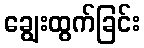
ချွေးထွက်ခြင်း